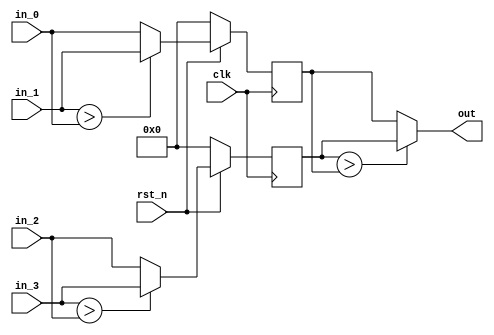
module pooling_max #(parameter ACC_SIZE = 32)
(
  output wire signed [(ACC_SIZE-1):0] out,
  input wire signed [(ACC_SIZE-1):0] in_0,
  input wire signed [(ACC_SIZE-1):0] in_1,
  input wire signed [(ACC_SIZE-1):0] in_2,
  input wire signed [(ACC_SIZE-1):0] in_3,
  input wire clk,
  input wire rst_n
);
  
  reg signed [(ACC_SIZE-1):0] row_1;
  reg signed [(ACC_SIZE-1):0] row_2;
  
  always @(posedge clk) begin
    if (!rst_n) begin
      row_1 <= 0;
      row_2 <= 0;
    end
    else begin
      row_1 <= (in_1 > in_0) ? in_1 : in_0;
      row_2 <= (in_3 > in_2) ? in_3 : in_2;
    end
  end
  
  assign out = (row_2 > row_1) ? row_2 : row_1;
  
endmodule